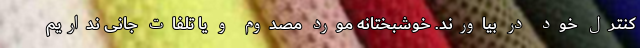
کنترل خود در بیاورند. خوشبختانه مورد مصدوم و یا تلفات جانی نداریم